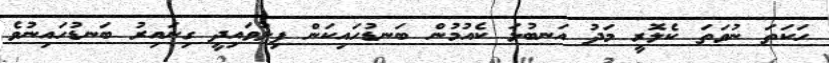
ހަކަތަ ނުވަތަ ކެލޮރީ މަދު އަނބުޅަ ކެއުމުން ބަނޑުހައިކަން ފިލުވައިދީ ގިނައިރު ބަނޑުހައިނުވެ